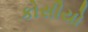
કોસીયો